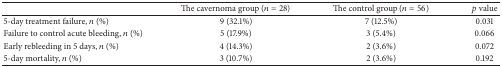
<table><thead><tr><td><b> </b></td><td><b>The cavernoma group (<i>n</i> = 28)</b></td><td><b>The control group (<i>n</i> = 56)</b></td><td><b><i>p</i> value</b></td></tr></thead><tbody><tr><td>5-day treatment failure, <i>n</i> (%)</td><td>9 (32.1%)</td><td>7 (12.5%)</td><td>0.031</td></tr><tr><td>Failure to control acute bleeding, <i>n</i> (%)</td><td>5 (17.9%)</td><td>3 (5.4%)</td><td>0.066</td></tr><tr><td>Early rebleeding in 5 days, <i>n</i> (%)</td><td>4 (14.3%)</td><td>2 (3.6%)</td><td>0.072</td></tr><tr><td>5-day mortality, <i>n</i> (%)</td><td>3 (10.7%)</td><td>2 (3.6%)</td><td>0.192</td></tr></tbody></table>